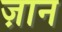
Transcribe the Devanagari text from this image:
ज़ान